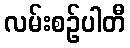
လမ်းစဉ်ပါတီ